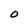
Character: O